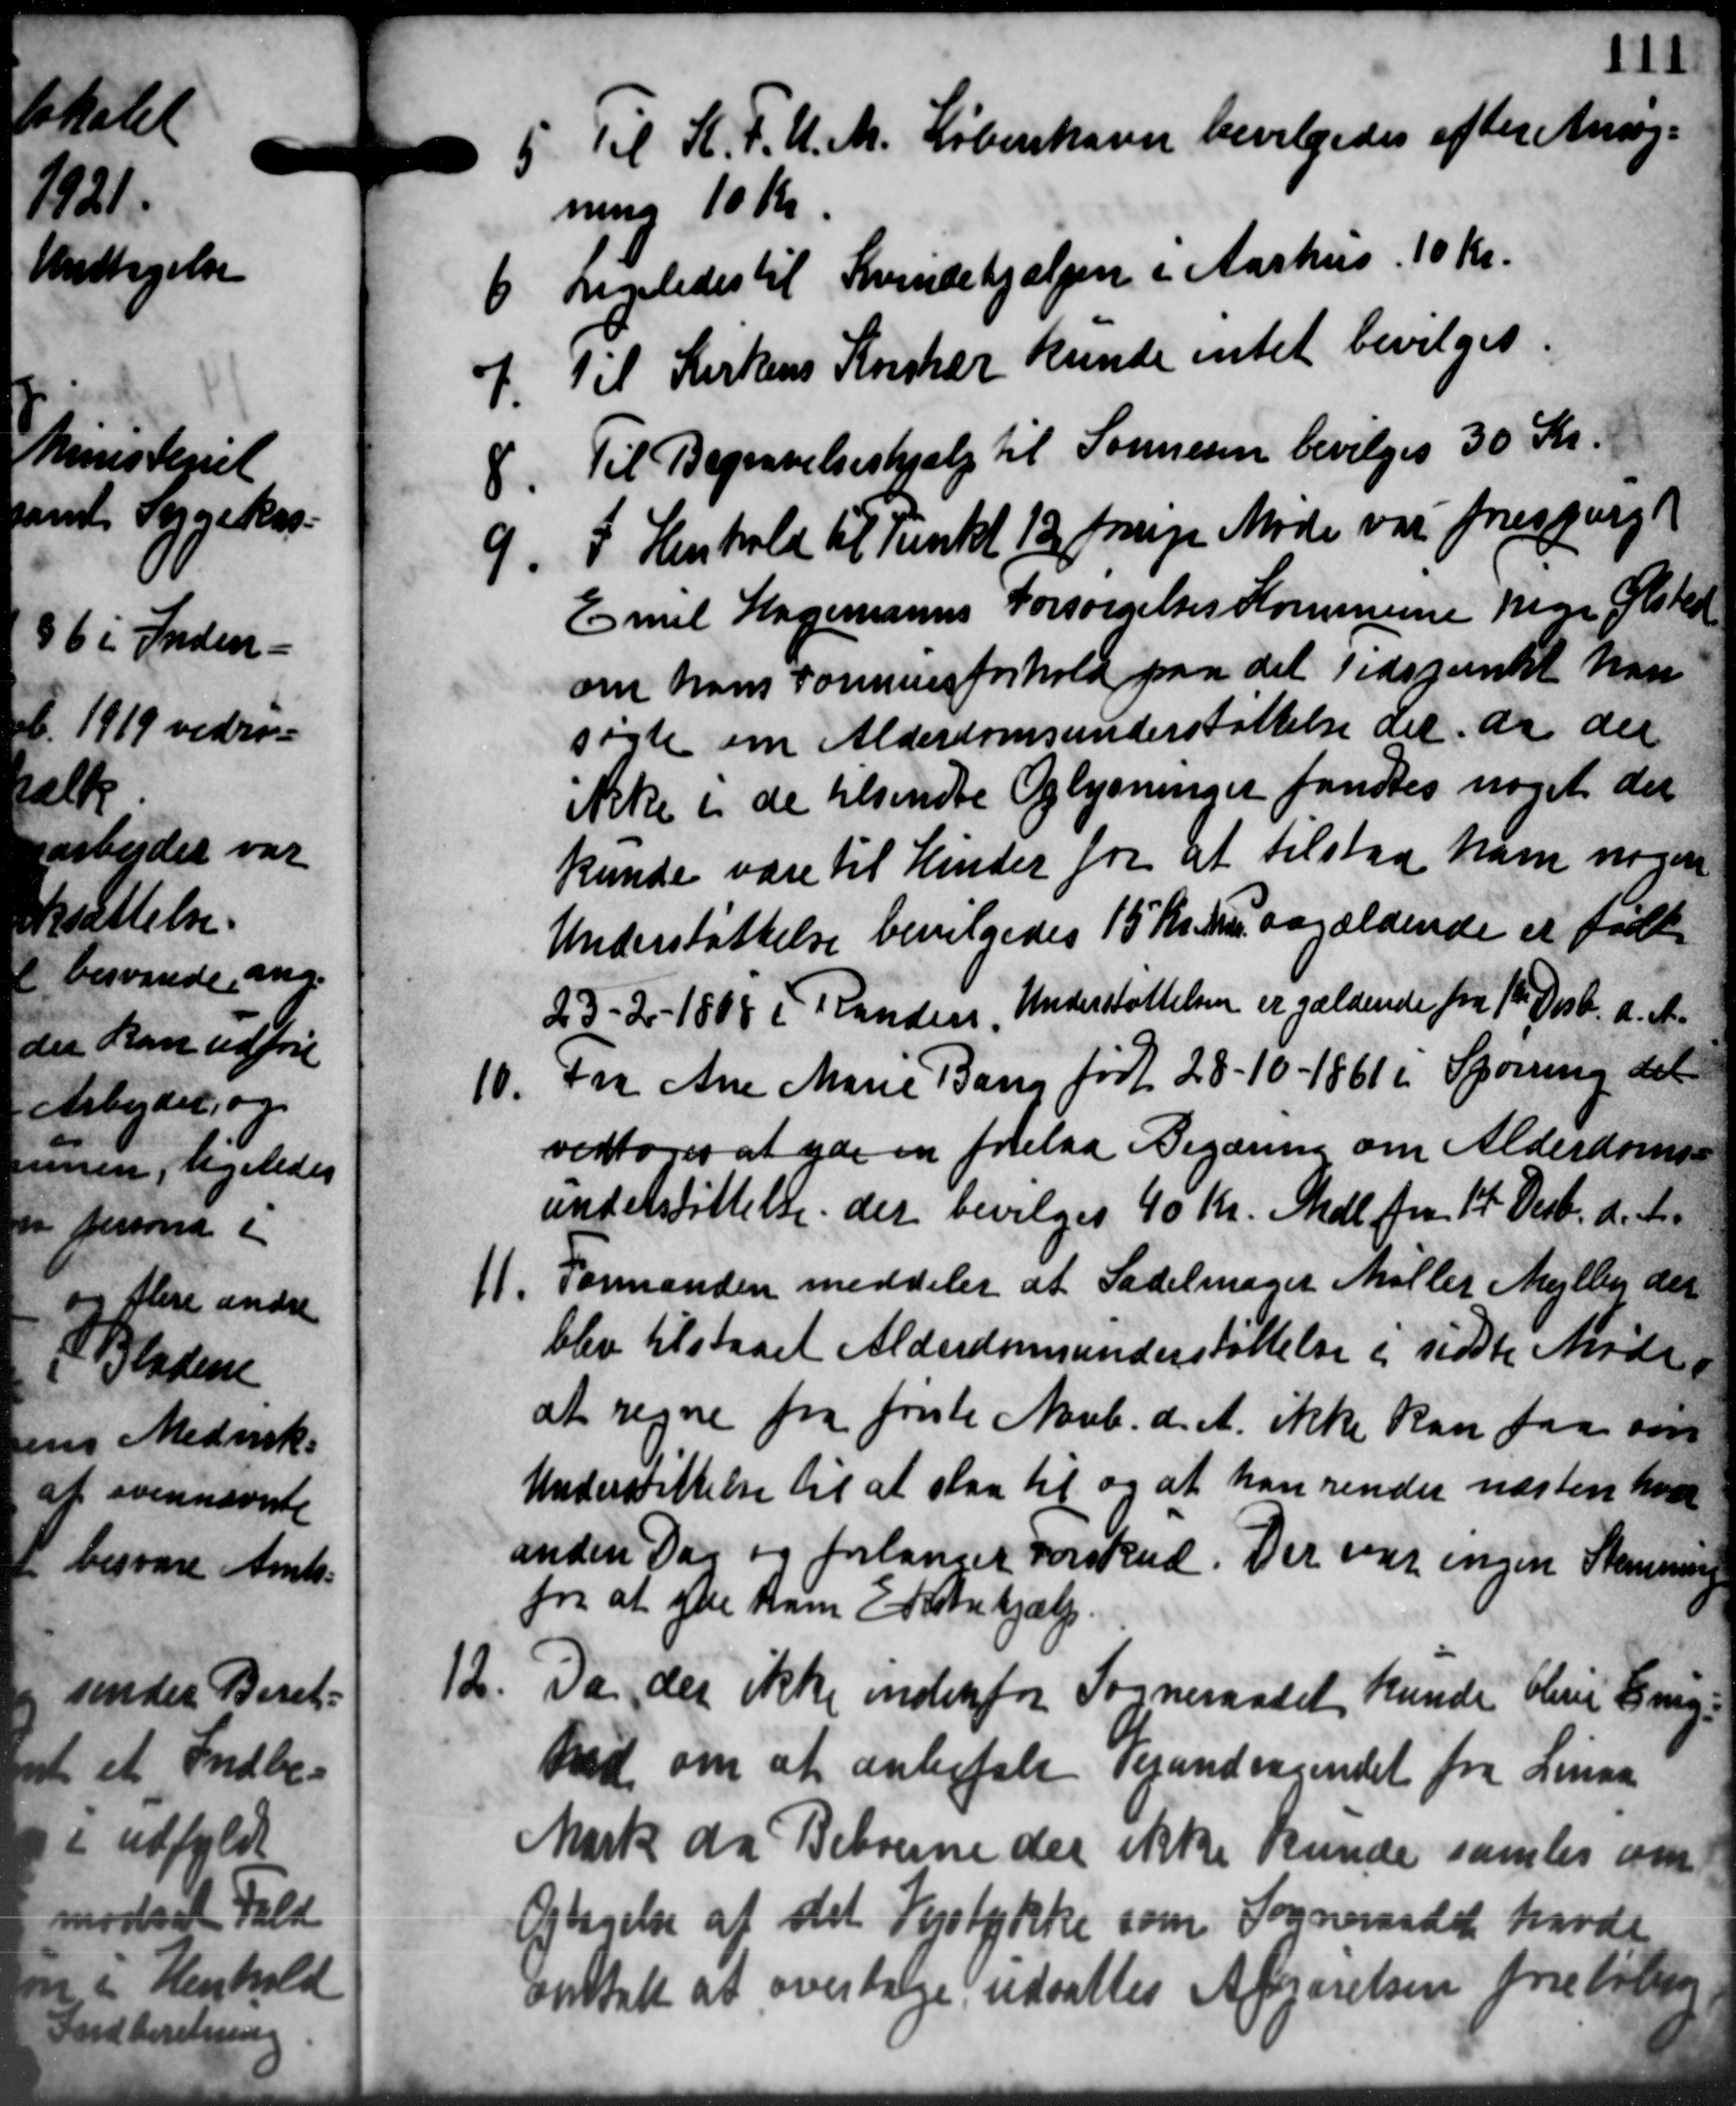
Transskription:
5. Til K. F. U. M. København bevilgedes efter Ansøg-
5. Til K. F. U. M. København bevilgedes efter Ansøg-
ning 10 Kr
6 Ligeledes til Kvindehjælpen i Aarhus 10 Kr.
6 Ligeledes til Kvindehjælpen i Aarhus 10 Kr.

Til Kirkens Korshær kunde intet bevilges.
8.
Til Begravelseshjælp til Sønnesen bevilges 30 Kr.

I Henhold til Punkt 13 frige Møde var forespurgt
Emil Hagemanns Forsørgelses Kommune pige Ølsted
om hans Formuesforhold paa det Tidspunkt han
søgte om Alderdomsunderstøttelse der de der
ikke i de tilsendte Oplysninger fandtes noget der
kunde være til Hinder for at tilstaa ham nogen
Understøttelse bevilgedes 15 Kr. paagældende er født
23 - 2 - 1808 i Randers Understøttelsen er gældende fra 1te Decbr. d. A.
10.
Fra Ane Marie Bang født 28-10 - 1861 i Spørring det
vedtoges at yde en forelaa Begæring om Alderdoms-
understøttelse der bevilges 40 Kr. Mdl. fra 14 Decb. d. A.
11. Formanden meddeler at Sadelmager Møller Mejlby der
11. Formanden meddeler at Sadelmager Møller Mejlby der
blev tilstaaet Alderdomsunderstøttelse i sidste Møde.
at regne fra første Novb. d. A. ikke kan faa sam
Understøttelse til at slaa til og at han sender næsten hvor
anden Dag og forlanget Forskud. Der var ingen Stemning
fra at yde ham Entrehjælp.
Da der ikke indenfor Sogneraadet kunde bleve Enig-

Id om at anbefale Vejandragendet fra Linaa
Mark da Beboerne der ikke kunde samles om
Itagelse af det Vejstykke som Sogneraadet havde
nstalt at overtage udsattes Afgjørelsen foreløben